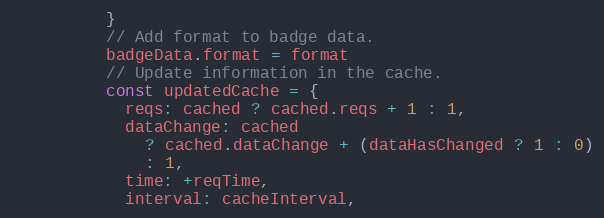
Language: JavaScript
          }
          // Add format to badge data.
          badgeData.format = format
          // Update information in the cache.
          const updatedCache = {
            reqs: cached ? cached.reqs + 1 : 1,
            dataChange: cached
              ? cached.dataChange + (dataHasChanged ? 1 : 0)
              : 1,
            time: +reqTime,
            interval: cacheInterval,